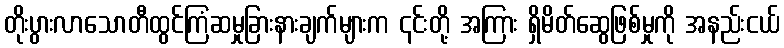
တိုးပွားလာသောတီထွင်ကြံဆမှုခြားနားချက်များက ၎င်းတို့ အကြား ရှိမိတ်ဆွေဖြစ်မှုကို အနည်းငယ်